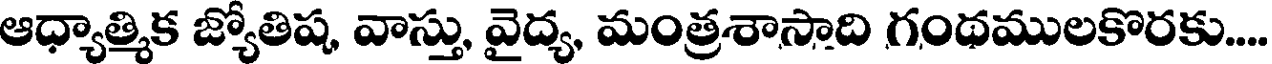
ఆధ్యాత్మిక జ్యోతిష, వాస్తు, వైద్య, మంత్రశాసాది గంథములకొరకు....